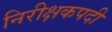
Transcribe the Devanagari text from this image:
निरीक्षकपदी